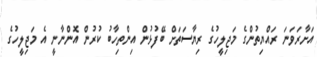
އަށާރަވަނަ ރައްޔިތުންގެ މަޖިލީހުގެ ރިޔާސަތަށް ބޭފުޅުން އިންތިހާބު ކުރުން އޮންނާނީ އެ މަޖިލީހުގެ